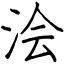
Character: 浍